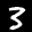
Label: 3